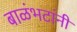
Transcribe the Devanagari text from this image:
बाळंभटांनी